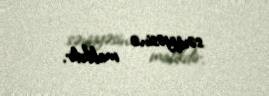
səviyyəsinə malikdir.